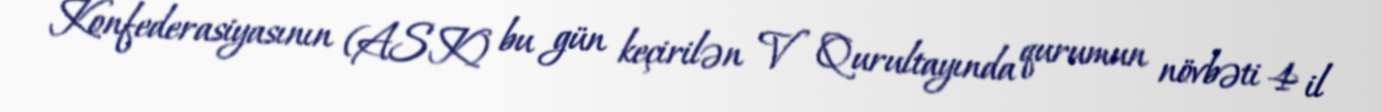
Konfederasiyasının (ASK) bu gün keçirilən V Qurultayında qurumun növbəti 4 il